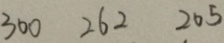
3 0 0 2 6 2 2 0 5